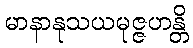
မာနာနုသယမုဇ္ဇဟန္တိ